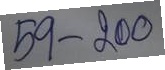
59 - 200